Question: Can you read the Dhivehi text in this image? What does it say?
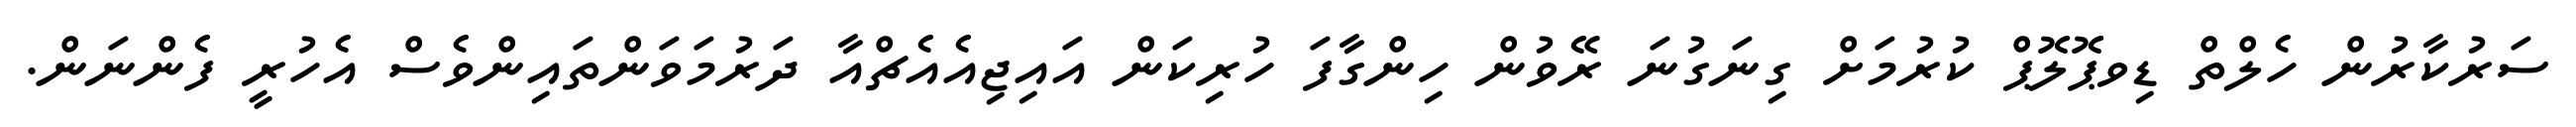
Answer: ސަރުކާރުން ހެލްތް ޑިވޕޮލޮޕް ކުރުމަށް ގިނަގުނަ ރޭވުން ހިންގާފަ ހުރިކަން އައިޖިއެއެޗްއާ ދަރުމަވަންތައިންވެސް އެހުރީ ފެންނަން.